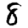
Digit: 8